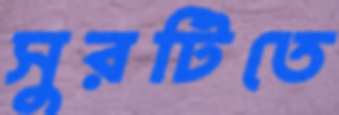
সুরটিতে